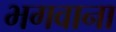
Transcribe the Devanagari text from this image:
भगवाना